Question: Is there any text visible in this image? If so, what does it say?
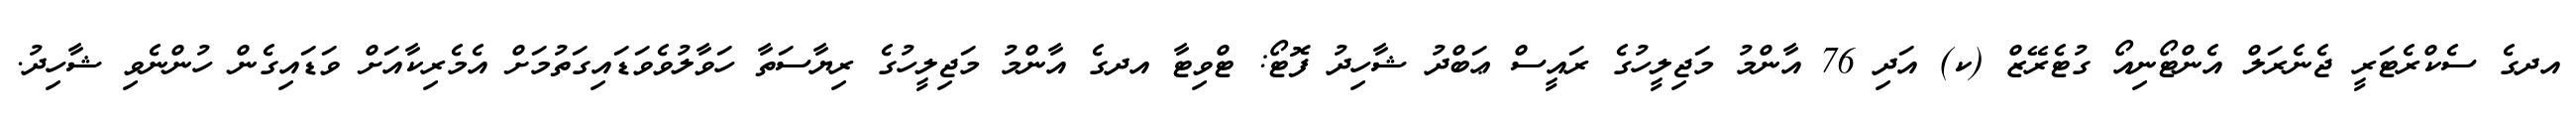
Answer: އދގެ ސެކްރެޓަރީ ޖެނެރަލް އެންޓޯނިއޯ ގުޓެރޭޒް (ކ) އަދި 76 އާންމު މަޖިލީހުގެ ރައީސް ޢަބްދު ޝާހިދު ފޮޓޯ: ޓްވިޓާ އދގެ އާންމު މަޖިލީހުގެ ރިޔާސަތާ ހަވާލުވެވަޑައިގަތުމަށް އެމެރިކާއަށް ވަޑައިގެން ހުންނެވި ޝާހިދު.